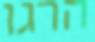
הרגו